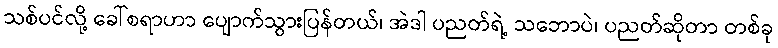
သစ်ပင်လို့ ခေါ်စရာဟာ ပျောက်သွားပြန်တယ်၊ အဲဒါ ပညတ်ရဲ့ သဘောပဲ၊ ပညတ်ဆိုတာ တစ်ခု